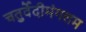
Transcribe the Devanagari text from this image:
चतुर्वेदीमंगलम